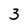
Character: 3